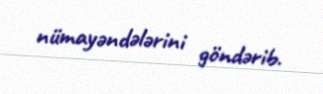
nümayəndələrini göndərib.